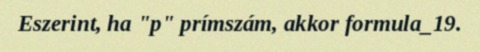
Eszerint, ha "p" prímszám, akkor formula_19.